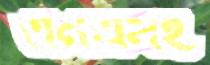
এনএসই